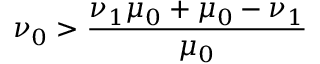
\nu _ { 0 } > \frac { \nu _ { 1 } \mu _ { 0 } + \mu _ { 0 } - \nu _ { 1 } } { \mu _ { 0 } }